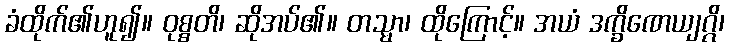
ခံထိုက်၏ဟူ၍။ ဝုစ္စတိ၊ ဆိုအပ်၏။ တသ္မာ၊ ထိုကြောင့်။ အယံ ဒက္ခိဏေယျဂ္ဂိ၊